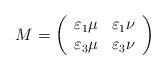
\begin{align*}M=\left( \begin{array}{cc}\varepsilon_1\mu& \varepsilon_1\nu \\\varepsilon_3\mu&\varepsilon_{3}\nu \end{array}\right) \end{align*}